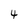
Character: 4